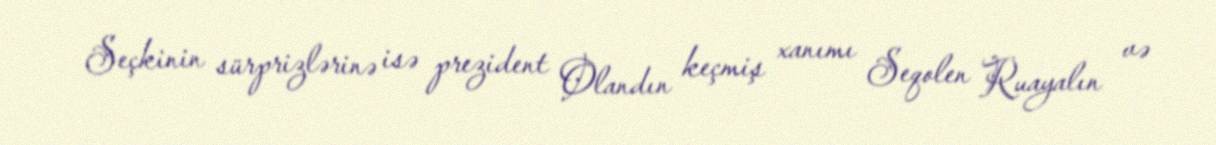
Seçkinin sürprizlərinə isə prezident Olandın keçmiş xanımı Seqolen Ruayalın və